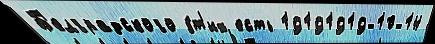
Б'елградского э́т'их есть 19191919-10-14